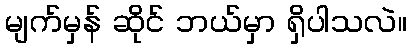
မျက်မှန် ဆိုင် ဘယ်မှာ ရှိပါသလဲ။